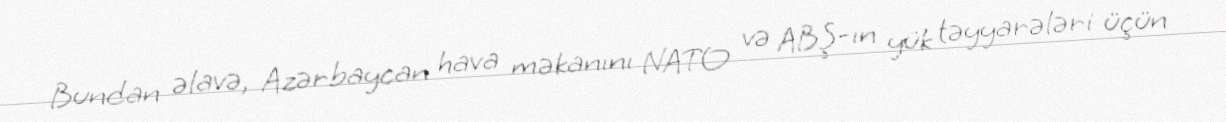
Bundan əlavə, Azərbaycan hava məkanını NATO və ABŞ-ın yük təyyarələri üçün